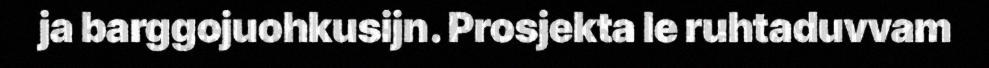
ja barggojuohkusijn. Prosjekta le ruhtaduvvam